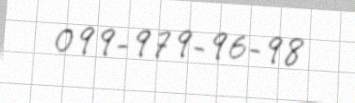
099-979-96-98